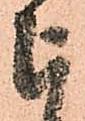
被